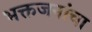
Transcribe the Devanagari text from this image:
भक्तजनांचा